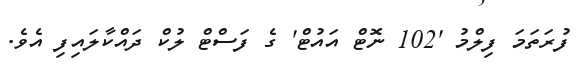
ފުރަތަމަ ފިލްމު '102 ނޮޓް އައުޓް' ގެ ފަސްޓް ލުކް ދައްކާލައިފި އެވެ.